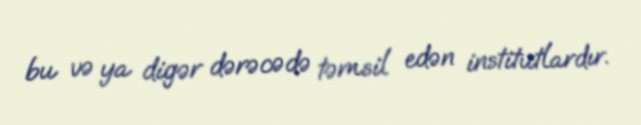
bu və ya digər dərəcədə təmsil edən institutlardır.